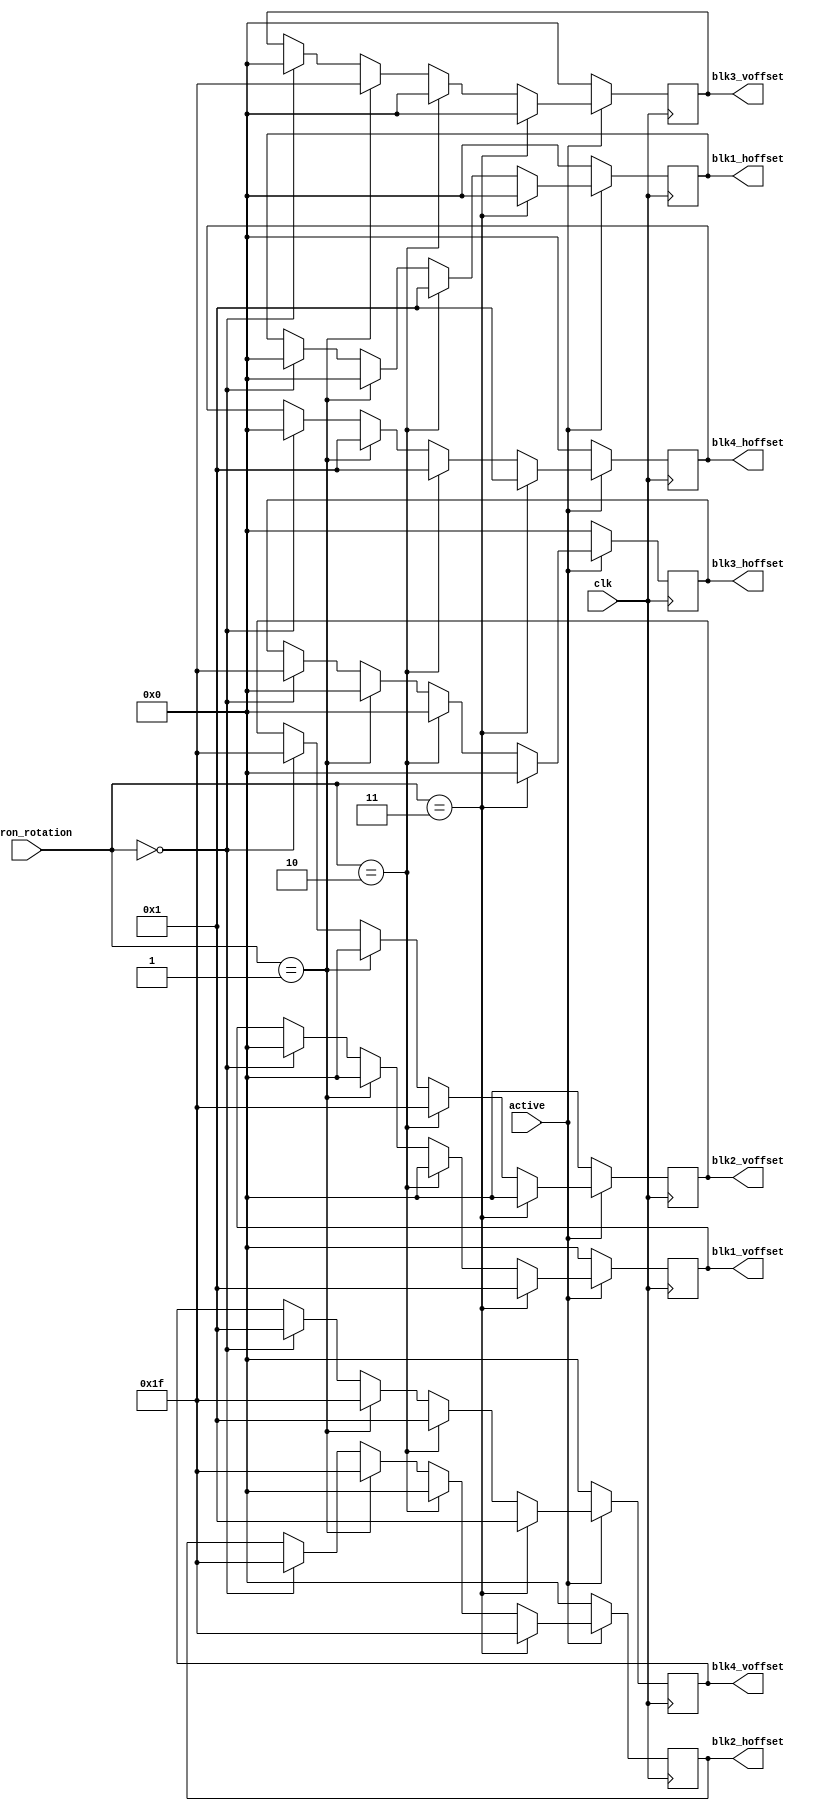
`default_nettype none
`timescale 1ns/1ns

module tetron_Sb_shaper(
    input wire clk,
    input wire active,
    input wire [2:0] tetron_rotation,
    output reg [4:0] blk1_voffset,
    output reg [4:0] blk1_hoffset,
    output reg [4:0] blk2_voffset,
    output reg [4:0] blk2_hoffset,
    output reg [4:0] blk3_voffset,
    output reg [4:0] blk3_hoffset,
    output reg [4:0] blk4_voffset,
    output reg [4:0] blk4_hoffset
);

    always @(posedge clk) begin
        if (!active) begin
            blk1_voffset <= 0;
            blk1_hoffset <= 0;
            blk2_voffset <= 0;
            blk2_hoffset <= 0;
            blk3_voffset <= 0;
            blk3_hoffset <= 0;
            blk4_voffset <= 0;
            blk4_hoffset <= 0;
        end else begin
            if (tetron_rotation == 3'd0) begin
                blk1_voffset <= 0; // axis
                blk1_hoffset <= 0;

                blk2_voffset <= -1;
                blk2_hoffset <= -1;

                blk3_voffset <= 0;
                blk3_hoffset <= -1;
                
                blk4_voffset <= 1;
                blk4_hoffset <= 0;
            end

            if (tetron_rotation == 3'd1) begin
                blk1_voffset <= 0; 
                blk1_hoffset <= 0; // axis

                blk2_voffset <= 0;
                blk2_hoffset <= -1;

                blk3_voffset <= -1;
                blk3_hoffset <= 0;
                
                blk4_voffset <= -1;
                blk4_hoffset <= 1;

            end

            if (tetron_rotation == 3'd2) begin
                blk1_voffset <= 0; // axis
                blk1_hoffset <= 1;

                blk2_voffset <= -1;
                blk2_hoffset <= 0;

                blk3_voffset <= 0;
                blk3_hoffset <= 0;
                
                blk4_voffset <= 1;
                blk4_hoffset <= 1;
            end

            if (tetron_rotation == 3'd3) begin
                blk1_voffset <= 1; // tu translacja
                blk1_hoffset <= 0;

                blk2_voffset <= 0;
                blk2_hoffset <= -1;

                blk3_voffset <= 0;
                blk3_hoffset <= 0;
                
                blk4_voffset <= 1;
                blk4_hoffset <= 1;
            end
        end
    end
endmodule